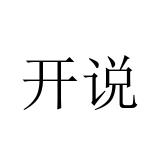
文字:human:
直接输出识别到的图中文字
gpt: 开说